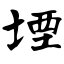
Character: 堙